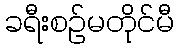
ခရီးစဉ်မတိုင်မီ